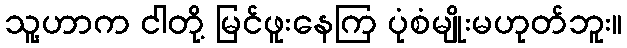
သူ့ဟာက ငါတို့ မြင်ဖူးနေကြ ပုံစံမျိုးမဟုတ်ဘူး။